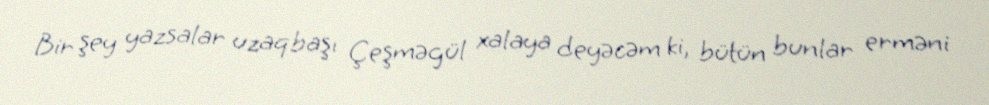
Bir şey yazsalar uzaqbaşı Çeşməgül xalaya deyəcəm ki, bütün bunlar erməni